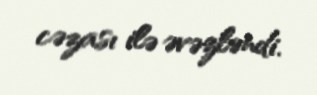
cəzası ilə əvəzləndi.